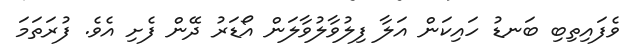
ވެފައިތިބި ބަނޑު ހައިކަން އަލާ ފިލުވާލުވާލަން އޯޑަރު ދޭން ފެށި އެވެ. ފުރަތަމަ